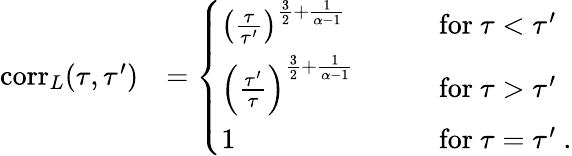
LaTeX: \begin{array}{rl}{\mathrm{corr}_{L}(\tau,\tau^{\prime})}&{=\left\{ \begin{array}{ll}{\left(\frac{\tau}{\tau^{\prime}}\right)^{\frac{3}{2}+\frac{1}{\alpha-1}}}&{\qquad\mathrm{for}\ \tau<\tau^{\prime}}\\ {\left(\frac{\tau^{\prime}}{\tau}\right)^{\frac{3}{2}+\frac{1}{\alpha-1}}}&{\qquad\mathrm{for}\ \tau>\tau^{\prime}}\\ {1}&{\qquad\mathrm{for}\ \tau=\tau^{\prime}\ .}\end{array}\right.}\end{array}